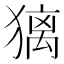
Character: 𤡢